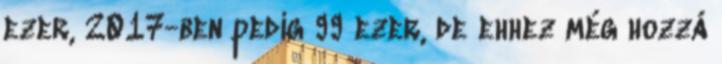
ezer, 2017-ben pedig 99 ezer, de ehhez még hozzá